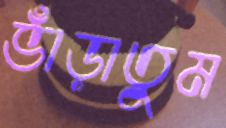
ভাঁড়াতুম